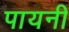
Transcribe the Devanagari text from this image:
पायनी